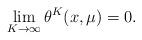
LaTeX: \begin{align*} \lim_{K \to \infty} \theta^K(x, \mu) = 0.\end{align*}